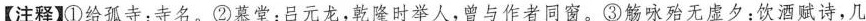
【注释】①给孤寺：寺名。②慕堂：吕元龙，乾隆时举人，曾与作者同窗。③觞咏殆无虚夕：饮酒赋诗，几